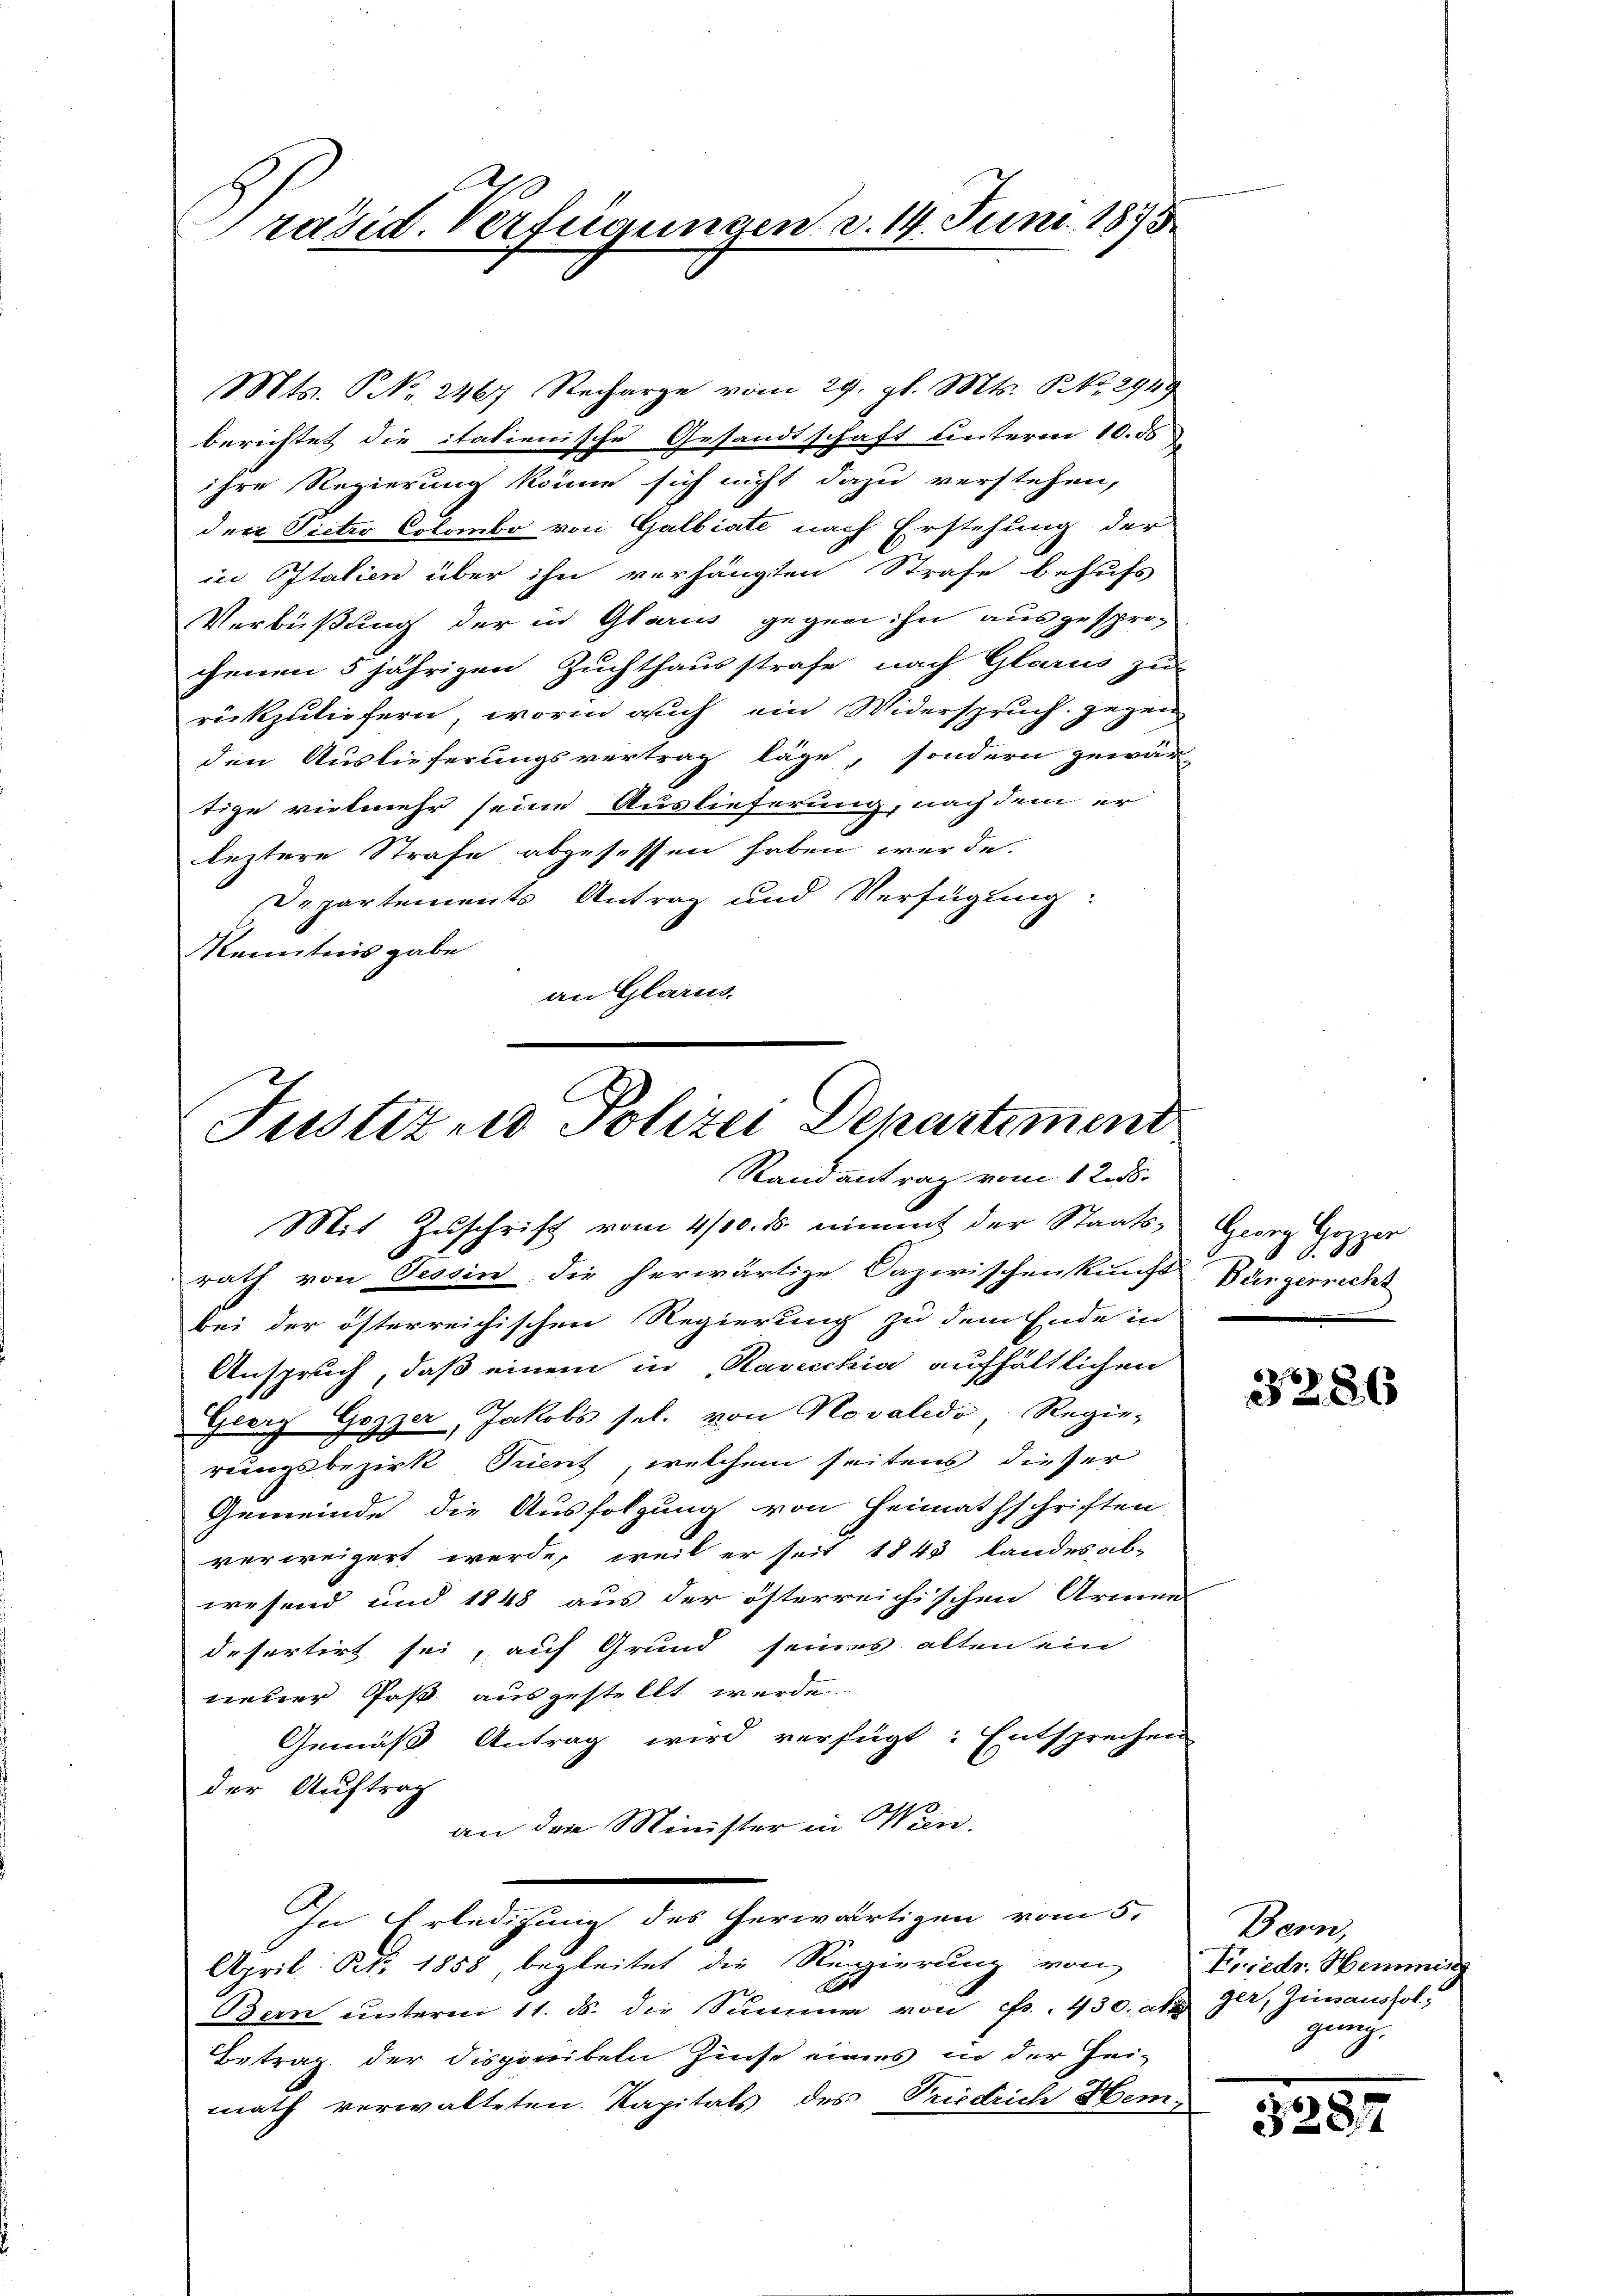
räsid. Verfügungen d. 14. Juni 1873

Mts. P. Nr. 2467 Recharge vom 29. gl. Mts. NNo. 2949
berichtet die italienische Gesandtschaft unterm 10. ds.
ihre Regierung könne sich nicht dazu verstehen,
den Pietro Colombo von Galbiate nach Erstehung der
cie Italien über ihn verhängten Strafe behufs
Verbüßung der in Glarus gegen ihn ausgesprochenen 5 jährigen Zuchthausstrafe nach Glarus zu-
rückzuliefern, worin auch ein Widerspruch gegen
den Auslieferungsvertrag läge, sondern gewär-
tige vielmehr seine Auslieferung, nach dem er
leztere Strafe abgesessen haben werde.
Departements Antrag und Verfügung:
Kenntnis gabe
an Glarus.

Justiz und Polizei Departiment
Randantrag vom 12. ds.
Mit Zuschrift vom 4/10. ds nimmt der Staats- Georg Gozzer

rath von Tessin, die herwärtige Dazwischenkunft Bürgerrecht
bei der österreichischen Regierung zu dem Ende in
Anspruch, daß einem in Ravecchia aufhältlichen
Georg Gozzer, Jakobs sel. von Novalido Regie-
rungsbezirk Puent, welchem seitens dieser
Gemeinde die Ausfolgung von Heimathschriften
verweigert werde, weil er seit 1843 Landesab-
wesend und 1848 aus der österreichischen Armens
defertirt sei, auf Grund seines alten ein
neuer Post ausgestellt werde.
Gemäß Antrag wird verfügt: Entsprechen
der Auftrag
an der Minister in Wein.
In Erledigung des herwärtigen vom 5.
April Ort. 1858, begleitet die Regierung von
A
Bern unterm 11. ds. die Summe von Fr. 430 dkg Ger. Junausfol;
Betrag der Disponibeln Zinse eines in der Hei-
math verwalteten Kapitals des Friedrich Hem

.
.

3286

Bern,
Friedr. Hemmens
gung.

3287